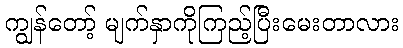
ကျွန်တော့် မျက်နှာကိုကြည့်ပြီးမေးတာလား